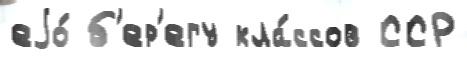
еjо́ б'ер'егу кла́ссов ССР